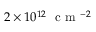
2 \times 1 0 ^ { 1 2 } ~ \textrm { c m } ^ { - 2 }